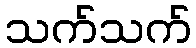
သက်သက်